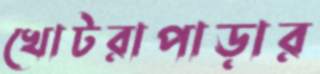
খোটরাপাড়ার